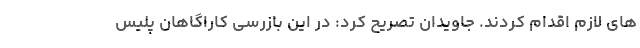
های لازم اقدام کردند. جاویدان تصریح کرد: در این بازرسی کاراگاهان پلیس